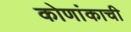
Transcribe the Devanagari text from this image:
कोणांकाची